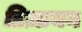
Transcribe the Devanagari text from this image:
डिज़ायन